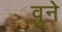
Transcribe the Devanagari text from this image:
वुने